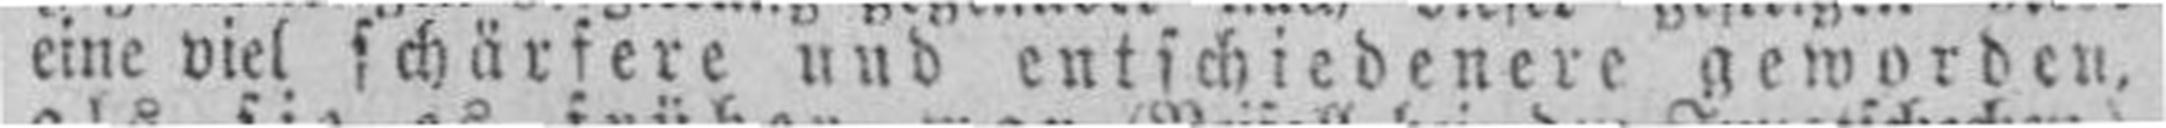
eine viel schärfere und entschiedenere geworden.